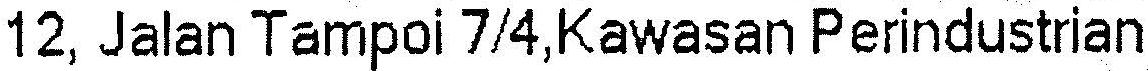
12, JALAN TAMPOI 7/4,KAWASAN PERINDUSTRIAN